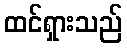
ထင်ရှားသည်